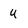
Character: u